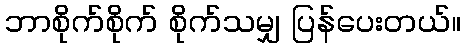
ဘာစိုက်စိုက် စိုက်သမျှ ပြန်ပေးတယ်။